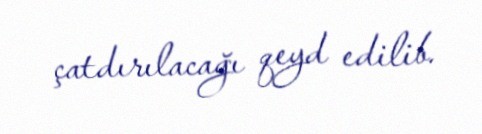
çatdırılacağı qeyd edilib.